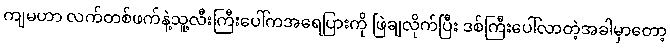
ကျမဟာ လက်တစ်ဖက်နဲ့သူ့လီးကြီးပေါ်ကအရေပြားကို ဖြဲချလိုက်ပြီး ဒစ်ကြီးပေါ်လာတဲ့အခါမှာတော့